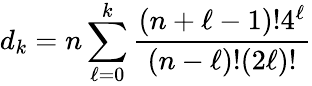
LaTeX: d_{k}=n\sum_{\ell=0}^{k}{\frac{(n+\ell-1)!4^{\ell}}{(n-\ell)!(2\ell)!}}